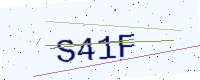
Text: S41F